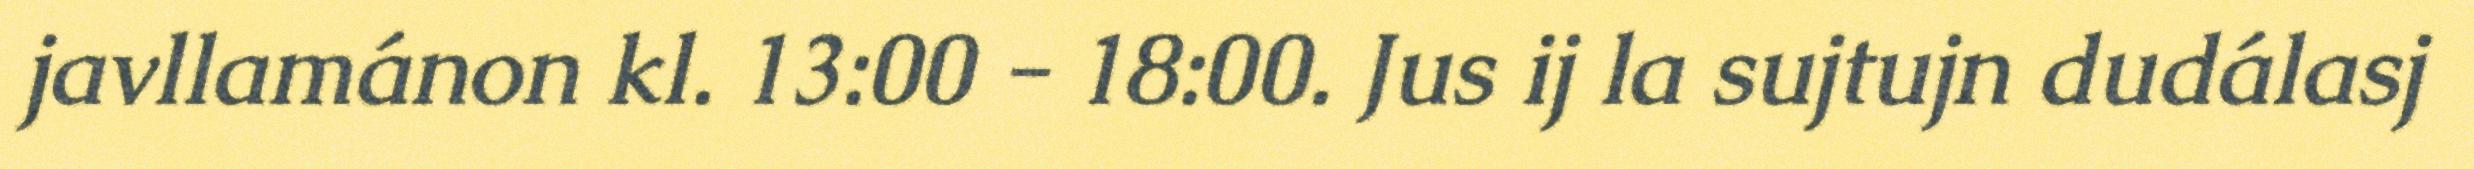
javllamánon kl. 13:00 - 18:00. Jus ij la sujtujn dudálasj